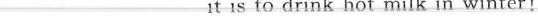
___ ___ it is to drink hot milk in winter!